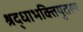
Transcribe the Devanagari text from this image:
श्रद्धाभक्तियुतस्य